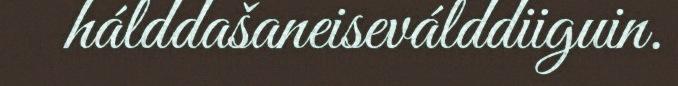
hálddašaneiseválddiiguin.